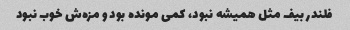
فلندر بیف مثل همیشه نبود، کمی مونده بود و مزه‌ش خوب نبود